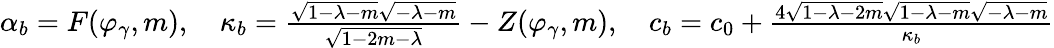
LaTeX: \begin{array}{r}{\alpha_{b}=F(\varphi_{\gamma},m),\quad\kappa_{b}=\frac{\sqrt{1-\lambda-m}\sqrt{-\lambda-m}}{\sqrt{1-2m-\lambda}}-Z(\varphi_{\gamma},m),\quad c_{b}=c_{0}+\frac{4\sqrt{1-\lambda-2m}\sqrt{1-\lambda-m}\sqrt{-\lambda-m}}{\kappa_{b}}}\end{array}